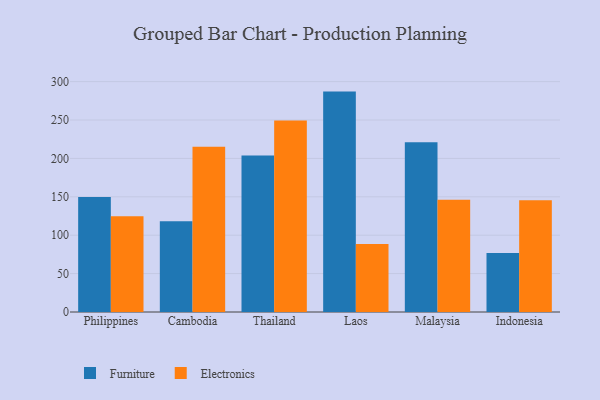
{"axis": {"x": "Country", "y": "Waste Production (Tons)"}, "legend": ["Electronics", "Furniture"], "data": [{"x": "Philippines", "y": 149.9, "type": "Furniture"}, {"x": "Philippines", "y": 124.7, "type": "Electronics"}, {"x": "Cambodia", "y": 118.2, "type": "Furniture"}, {"x": "Cambodia", "y": 215.3, "type": "Electronics"}, {"x": "Thailand", "y": 203.9, "type": "Furniture"}, {"x": "Thailand", "y": 249.5, "type": "Electronics"}, {"x": "Laos", "y": 287.0, "type": "Furniture"}, {"x": "Laos", "y": 88.6, "type": "Electronics"}, {"x": "Malaysia", "y": 221.0, "type": "Furniture"}, {"x": "Malaysia", "y": 146.2, "type": "Electronics"}, {"x": "Indonesia", "y": 76.8, "type": "Furniture"}, {"x": "Indonesia", "y": 145.6, "type": "Electronics"}]}